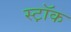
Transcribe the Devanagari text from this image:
स्ट़ॉक